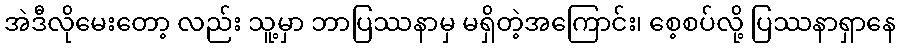
အဲဒီလိုမေးတော့ လည်း သူ့မှာ ဘာပြဿနာမှ မရှိတဲ့အကြောင်း၊ စေ့စပ်လို့ ပြဿနာရှာနေ